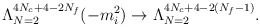
\begin{align*}\Lambda^{4N_c+4-2N_f}_{N=2}(-m_i^2)\rightarrow \Lambda^{4N_c+4-2(N_f-1)}_{N=2}.\end{align*}